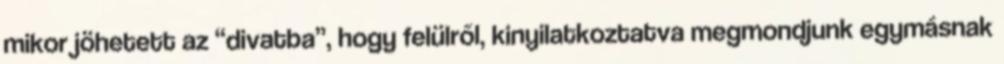
mikor jöhetett az “divatba”, hogy felülről, kinyilatkoztatva megmondjunk egymásnak